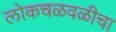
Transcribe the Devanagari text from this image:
लोकचळवळीचा